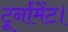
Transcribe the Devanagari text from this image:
टूर्नामेंट।